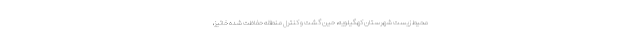
محیط زیست شهرستان کهگیلویه، حین گشت و کنترل منطقه حفاظت شده خائیز،